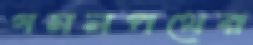
গমনপথের